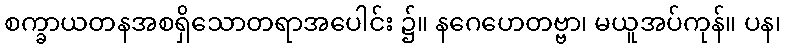
စက္ခာယတနအစရှိသောတရာအပေါင်း ၌။ နဂေဟေတဗ္ဗာ၊ မယူအပ်ကုန်။ ပန၊